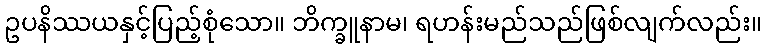
ဥပနိဿယနှင့်ပြည့်စုံသော။ ဘိက္ခူနာမ၊ ရဟန်းမည်သည်ဖြစ်လျက်လည်း။